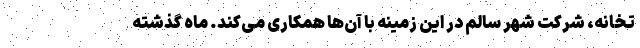
تخانه، شرکت شهر سالم در این زمینه با آن‌ها همکاری می‌کند. ماه گذشته